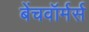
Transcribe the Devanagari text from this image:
बेंचवॉर्मर्स